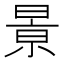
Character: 㬌